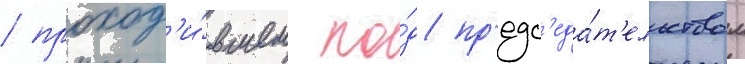
/ проход'и́вшем по́д пр'едс'еда́т'ельством